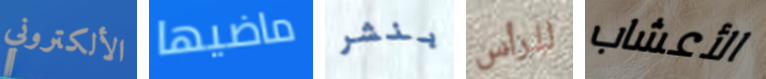
الألكتروني ماضيها بنشر للرأس الأعشاب